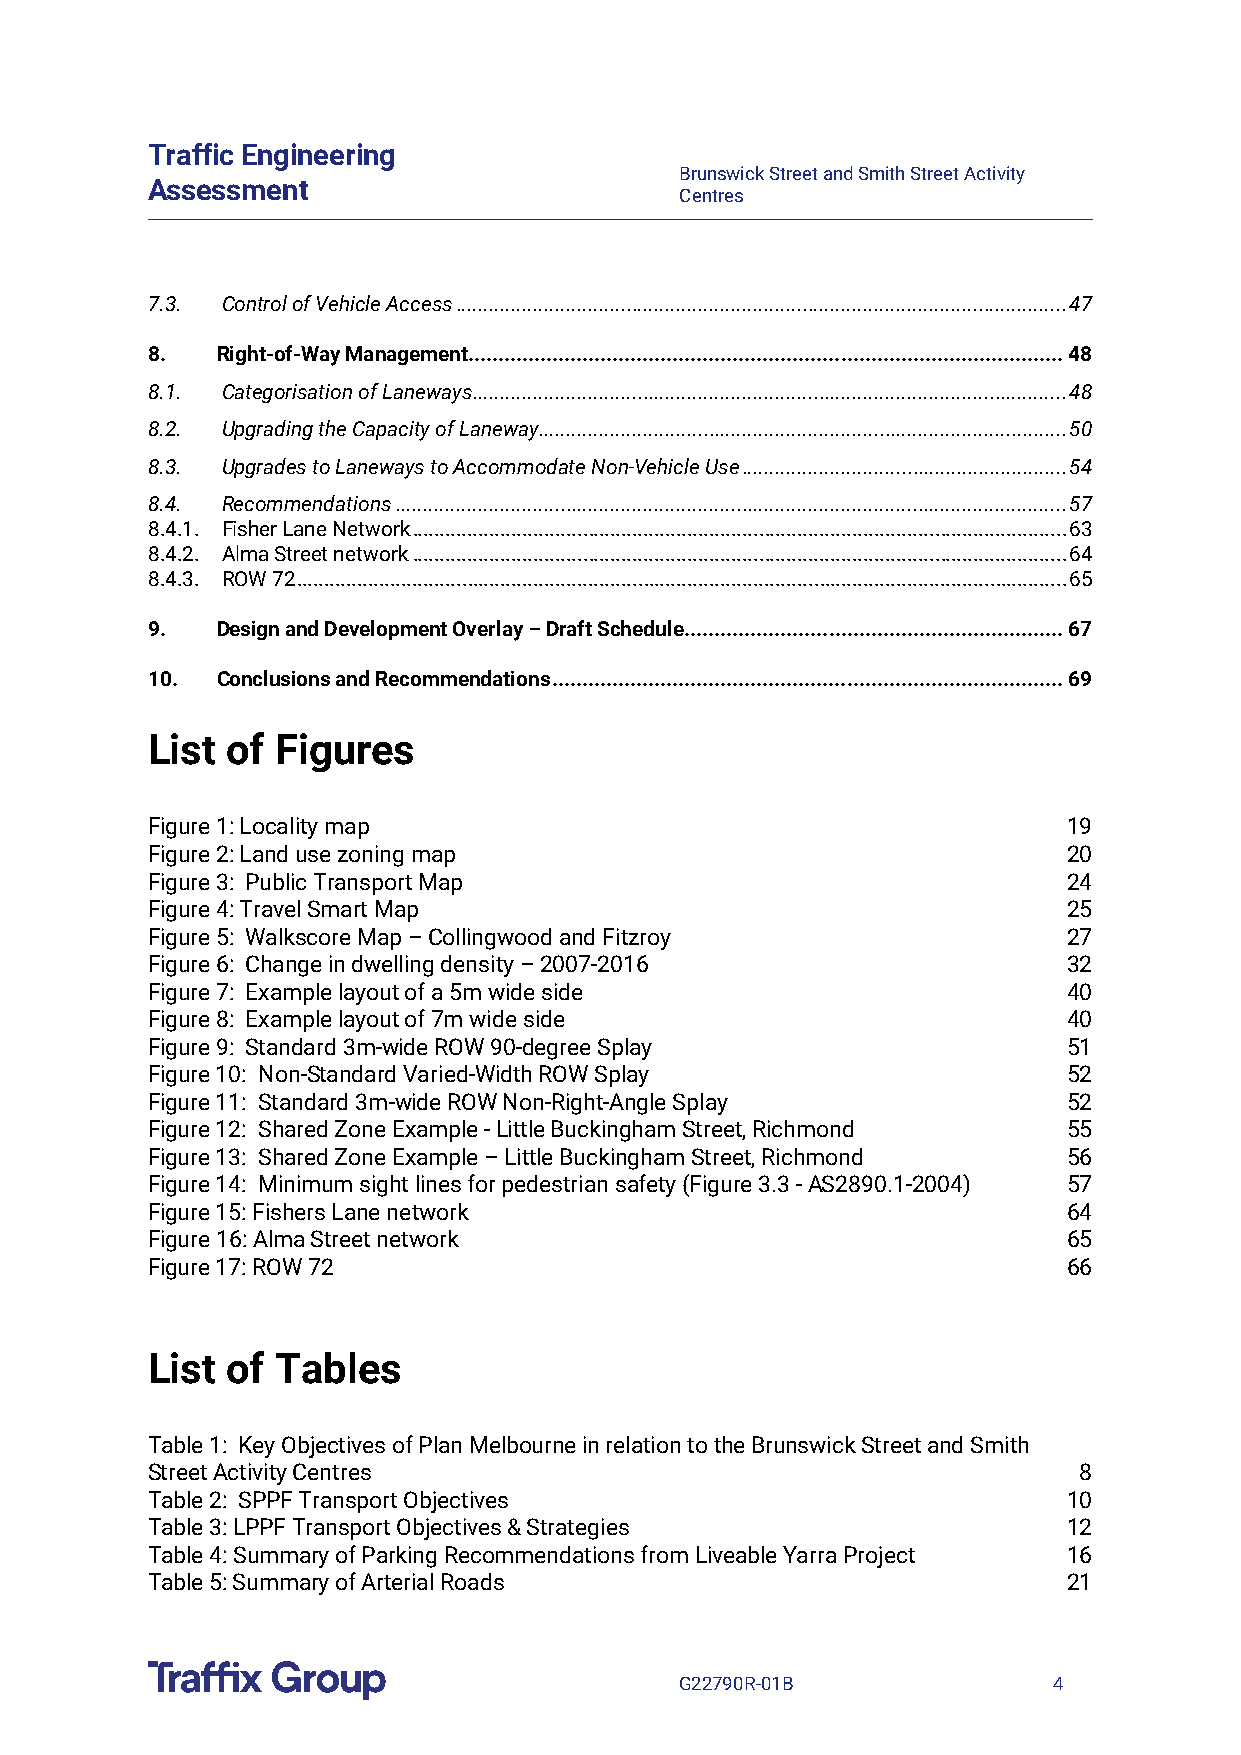
Traffic Engineering
 Brunswick Street and Smith Street Activity
 Assessment
 Centres
 7.3. Control of Vehicle Access ............................................................................................................... 47
 8.  Right-of-Way Management ................................................................................................... 48
 8.1. Categorisation of Laneways ............................................................................................................ 48
 8.2. Upgrading the Capacity of Laneway ................................................................................................ 50
 8.3. Upgrades to Laneways to Accommodate Non-Vehicle Use ........................................................... 54
 8.4. Recommendations .......................................................................................................................... 57
 8.4.1. Fisher Lane Network ....................................................................................................................... 63
 8.4.2. Alma Street network ....................................................................................................................... 64
 8.4.3. ROW 72 ............................................................................................................................................ 65
 9.  Design and Development Overlay – Draft Schedule ............................................................... 67
 10. Conclusions and Recommendations ..................................................................................... 69
 List of Figures
 Figure 1: Locality map                                       19
 Figure 2: Land use zoning map                                20
 Figure 3: Public Transport Map                               24
 Figure 4: Travel Smart Map                                   25
 Figure 5: Walkscore Map – Collingwood and Fitzroy            27
 Figure 6: Change in dwelling density – 2007-2016             32
 Figure 7: Example layout of a 5m wide side                   40
 Figure 8: Example layout of 7m wide side                     40
 Figure 9: Standard 3m-wide ROW 90-degree Splay               51
 Figure 10: Non-Standard Varied-Width ROW Splay               52
 Figure 11: Standard 3m-wide ROW Non-Right-Angle Splay        52
 Figure 12: Shared Zone Example - Little Buckingham Street, Richmond 55
 Figure 13: Shared Zone Example – Little Buckingham Street, Richmond 56
 Figure 14: Minimum sight lines for pedestrian safety (Figure 3.3 - AS2890.1-2004) 57
 Figure 15: Fishers Lane network                              64
 Figure 16: Alma Street network                               65
 Figure 17: ROW 72                                            66
 List of Tables
 Table 1: Key Objectives of Plan Melbourne in relation to the Brunswick Street and Smith
 Street Activity Centres                                      8
 Table 2: SPPF Transport Objectives                           10
 Table 3: LPPF Transport Objectives & Strategies              12
 Table 4: Summary of Parking Recommendations from Liveable Yarra Project 16
 Table 5: Summary of Arterial Roads                           21
 G22790R-01B              4